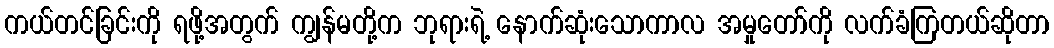
ကယ်တင်ခြင်းကို ရဖို့အတွက် ကျွန်မတို့က ဘုရားရဲ့ နောက်ဆုံးသောကာလ အမှုတော်ကို လက်ခံကြတယ်ဆိုတာ